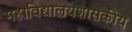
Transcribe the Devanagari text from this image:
महाविद्यालयशासकीय